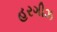
હરગીઝ